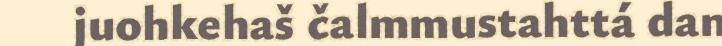
juohkehaš čalmmustahttá dan